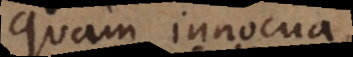
quam innocua,